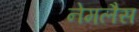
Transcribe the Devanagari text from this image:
नेमलैस